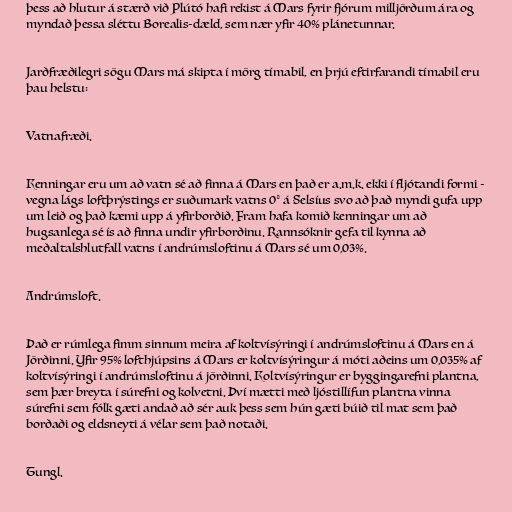
þess að hlutur á stærð við Plútó hafi rekist á Mars fyrir fjórum milljörðum ára og
myndað þessa sléttu Borealis-dæld, sem nær yfir 40% plánetunnar.

Jarðfræðilegri sögu Mars má skipta í mörg tímabil, en þrjú eftirfarandi tímabil eru
þau helstu:

Vatnafræði.

Kenningar eru um að vatn sé að finna á Mars en það er a.m.k. ekki í fljótandi formi -
vegna lágs loftþrýstings er suðumark vatns 0° á Selsíus svo að það myndi gufa upp
um leið og það kæmi upp á yfirborðið. Fram hafa komið kenningar um að
hugsanlega sé ís að finna undir yfirborðinu. Rannsóknir gefa til kynna að
meðaltalshlutfall vatns í andrúmsloftinu á Mars sé um 0,03%.

Andrúmsloft.

Það er rúmlega fimm sinnum meira af koltvísýringi í andrúmsloftinu á Mars en á
Jörðinni. Yfir 95% lofthjúpsins á Mars er koltvísýringur á móti aðeins um 0,035% af
koltvísýringi í andrúmsloftinu á jörðinni. Koltvísýringur er byggingarefni plantna,
sem þær breyta í súrefni og kolvetni. Því mætti með ljóstillífun plantna vinna
súrefni sem fólk gæti andað að sér auk þess sem hún gæti búið til mat sem það
borðaði og eldsneyti á vélar sem það notaði.

Tungl.